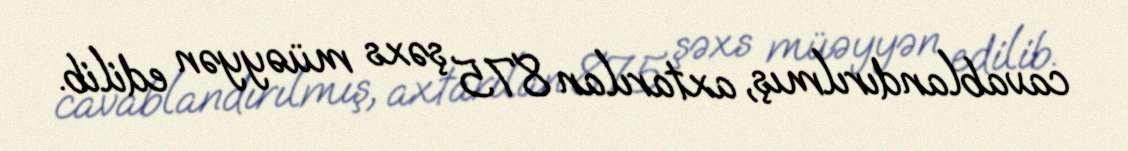
cavablandırılmış, axtarılan 875 şəxs müəyyən edilib.